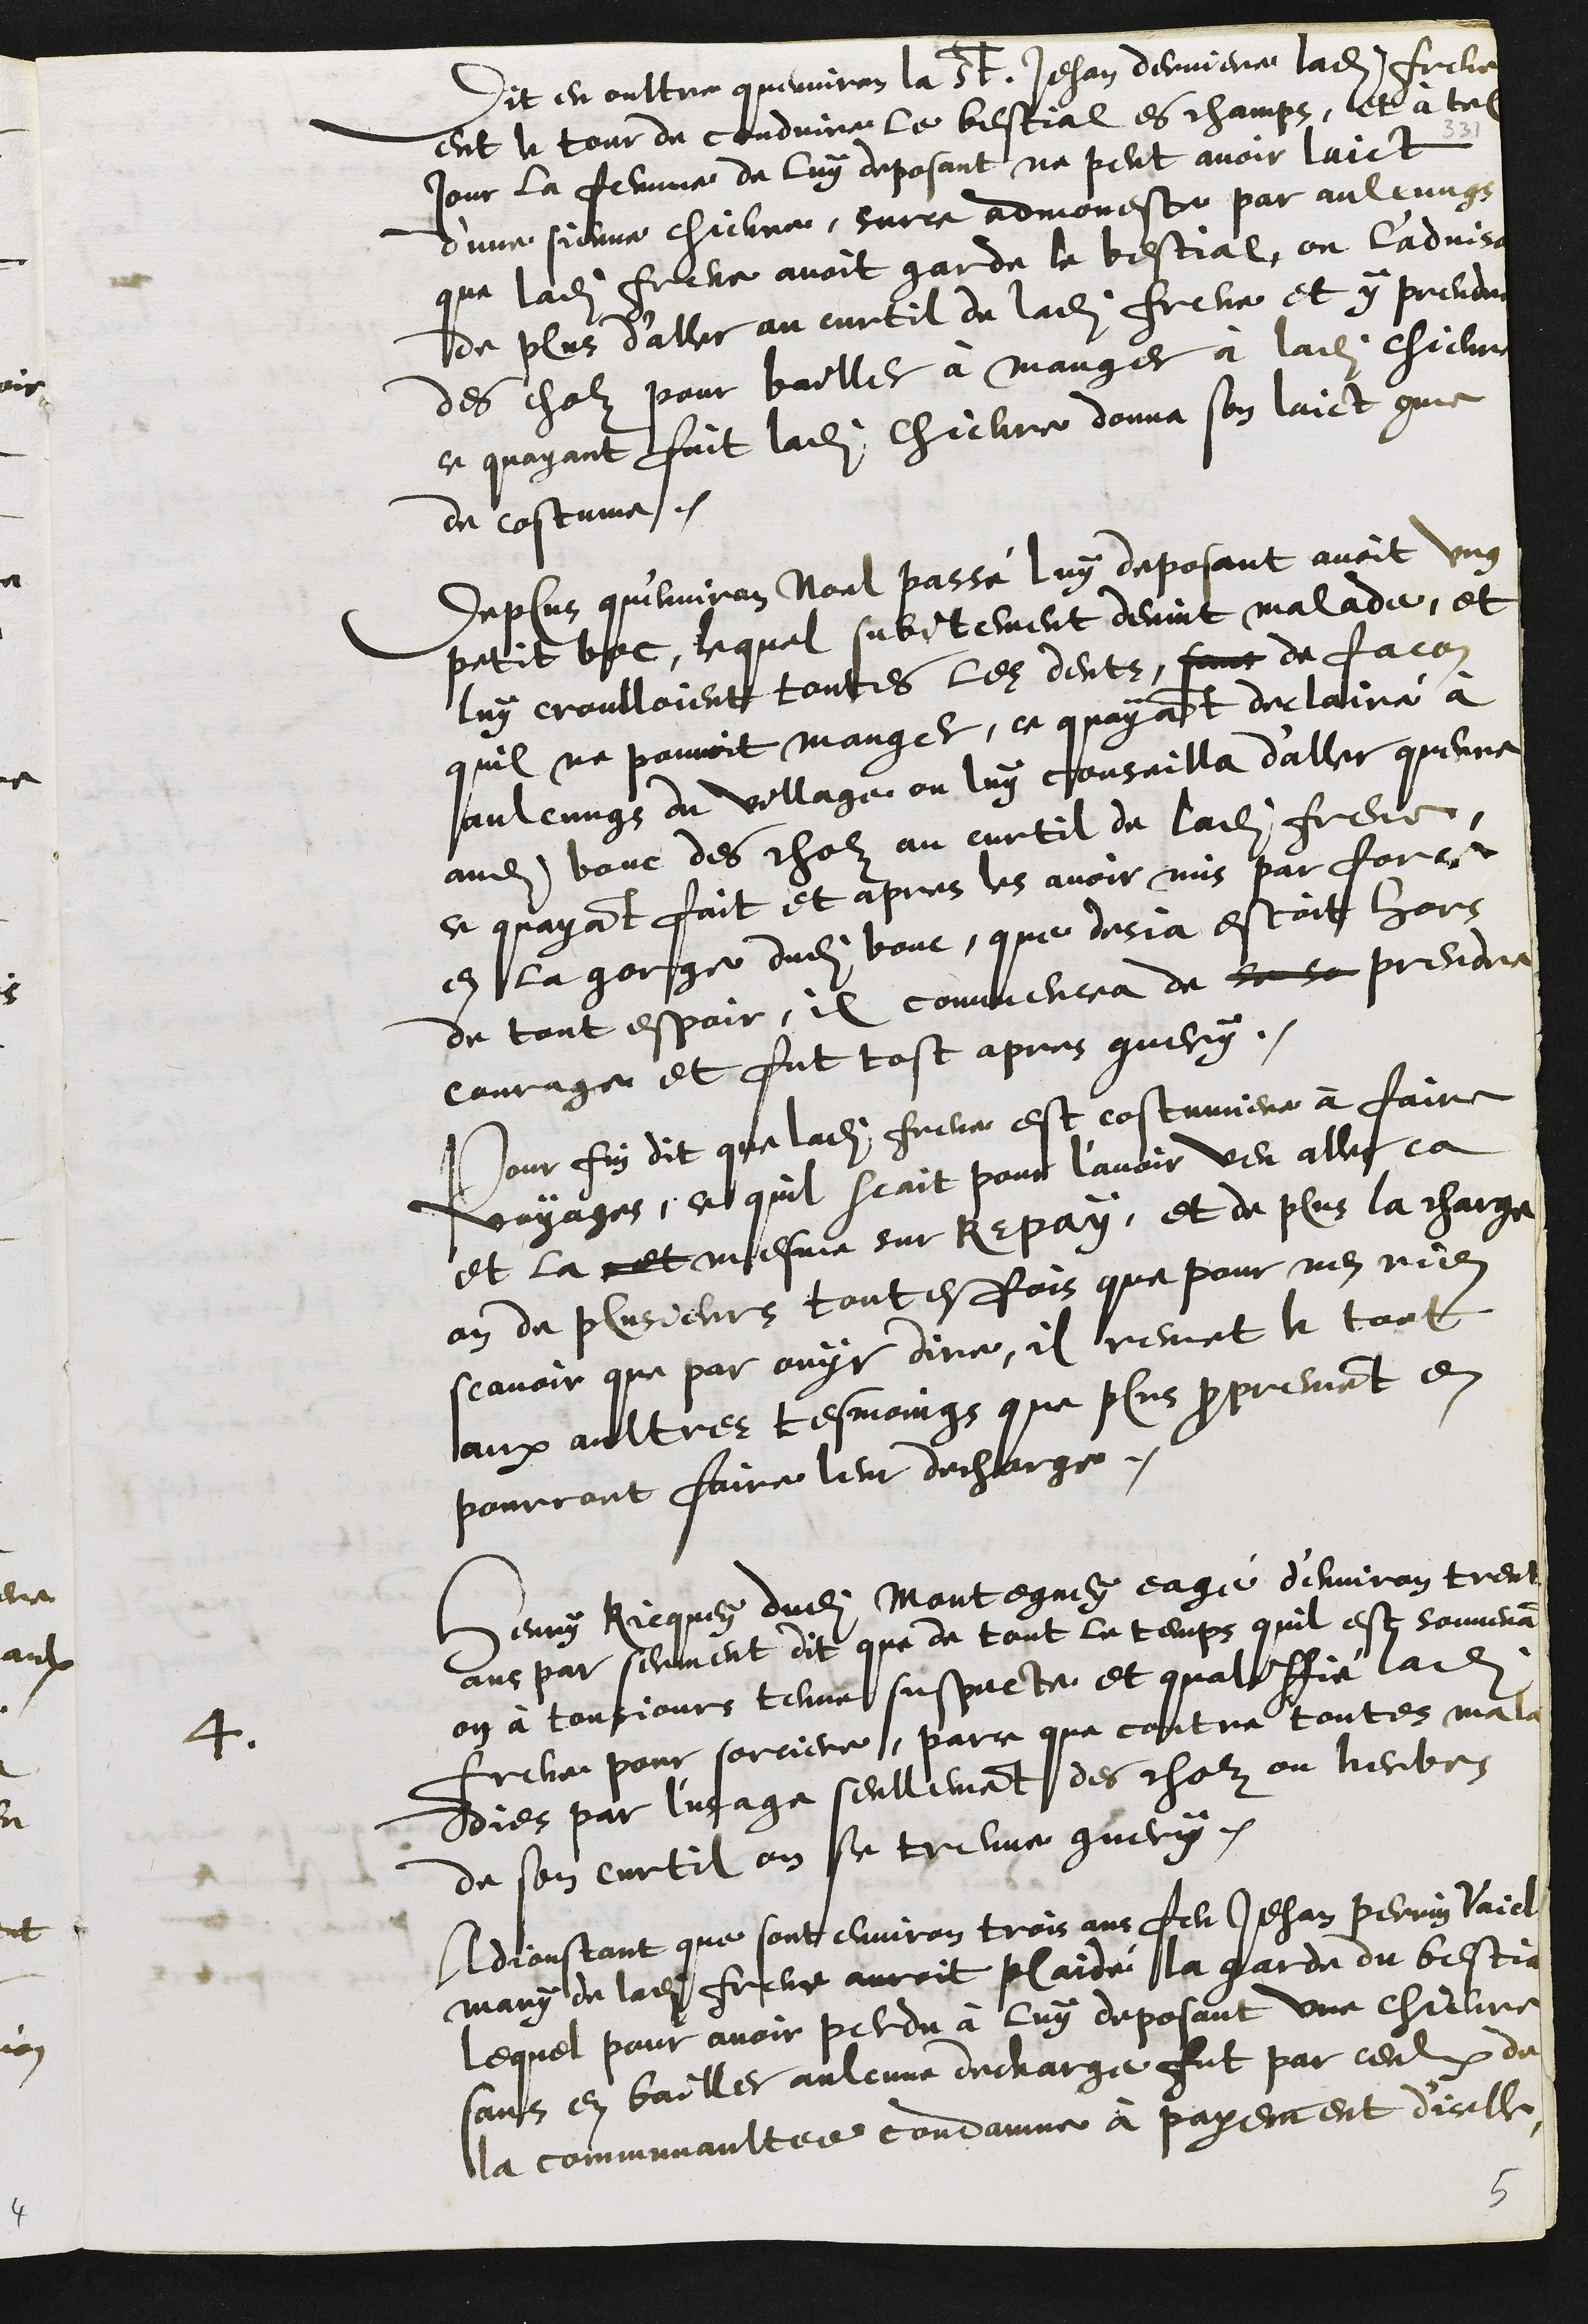
Dit en oultre quenviron la St Jehan derniere ladite Frene
eut le tour de conduire le bestial es champs, et à tel
jour la femme de luy deposant ne peut avoir laict
d'une sienne chievre, surce admonesté par aulcungs
que ladite Frene avoit garde le bestial, on l'advisa
de plus d'aller au curtil de ladite Frene et y prendre
des cholz pour bailler à manger à ladite chievre
ce quayant fait ladite chievre donna son laict comme
de costume.
Deplus qu'environ Noel passé luy deposant avoit ung
petit boc, lequel subitement devint malade, et
luy croulloient toutes les dents, sans de facon
quil ne pouvoit manger, ce quayant declairé à
aulcungs du village, on luy conseilla d'aller querre
audit bouc des cholz au curtil de ladite Frene
ce quayant fait et apres les avoir mis par force
en la gorge dudit bouc, que desja estoit hors
de tout espoir, il commencea de se sa prendre
courage et fut tost apres guery.
Pour fin dit que ladite Frene est costumiere à faire
voyages, ce quil scait pour l’avoir veu aller ca
et la et mesme sur Repay, et de plus la charge
on de plusieurs toutesfois que pour nen rien
scavoir que par ouyr dire, il remet le tout
aux aultres tesmoings que plus proprement en
pourront faire leur decharge.
4
Henry Ricquey dudit Montegney eagé d'environ trente
ans par serment dit que de tout le temps quil est souvenant
on à tousjours tenue suspecte et qualiffié ladite
Frene pour sorciere, parce que contre toutes mala¬
dies par l'usage seullement des cholz ou herbes
de son curtil on se treuve guery.
Adjoustant que sont environ trois ans feu Jehan Perrin Vaicle
mary de ladite Frene auroit plaidé la garde du bestial
lequel pour avoir perdu à luy deposant une chievre
sans en bailler aulcune decharge fut par ceulx de
la communaultee condamne à payement d'icelle
5